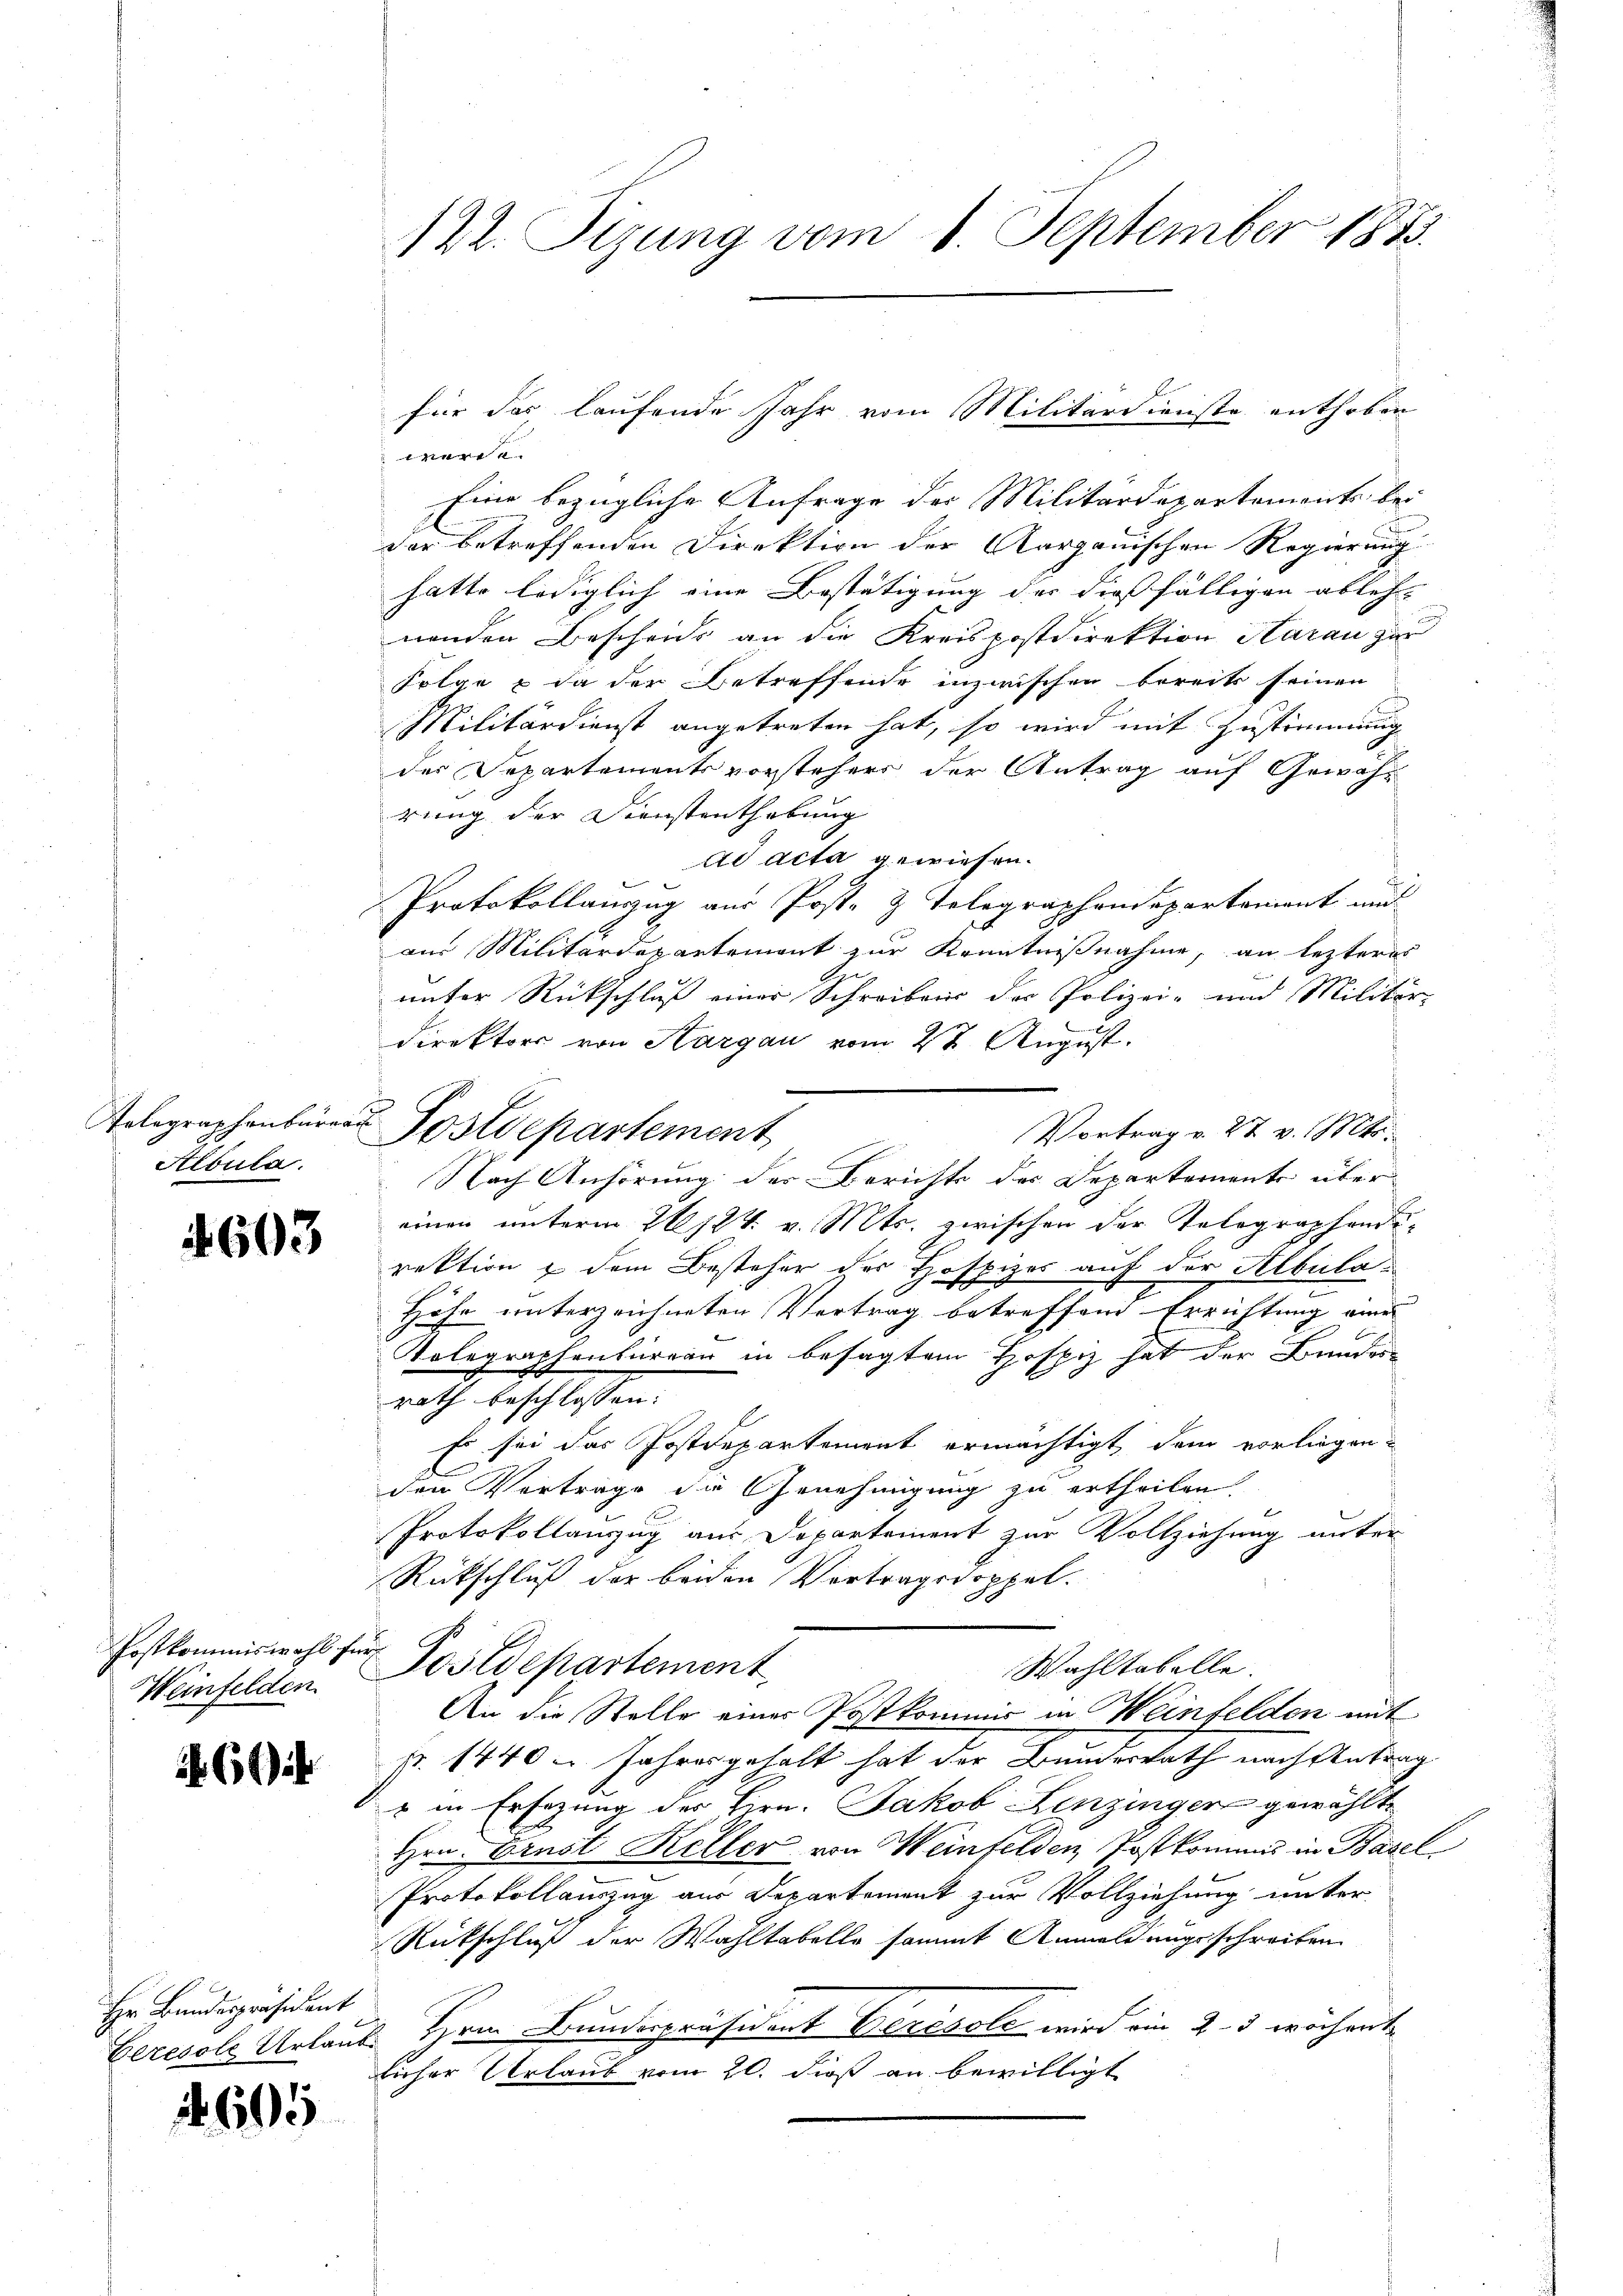
Aloula.

603

Postkommiswahl fü
Weinfelden.

6

Hr Bundespräsident

65

122. Tizung vom 1. September 1833.

nerde.
Eine bezügliche Anfrage der Militärdepartements bei
der betreffenden Direktion der Aargauischen Regierung
hatte lediglich eine Bestätigung der diesfälligen ableh- |
nenden Bescheide an die Kreispostdirektion Aarau zur
Folge & da der Betreffende inzwischen bereits seinen
Militärdienst angetreten hat, so wird mit Zustimmung
des Departementsvorstehers der Antrag auf Gewährung der Dienstenthebung
ad acta gewiesen.
Protokollanzug aus Post- & Telegraphendepartement mit
aus Militärdepartement zur Kenntnißnahme, an lezteres
h
unter Rückschluß einer Schreibens der Polizei- und Militär-
Direktors von Aargau vom 22. August.
Vortrag v. 27. v. Mts.
Nach Anhörung der Berichte des Departements über
einen unterm 26/27. v. Mts. zwischen der Telegraphenderektion & dem Besteher der Hospizes auf der Albula¬
Höhe unterzeichneten Vertrag betreffend Errichtung eines
Kolegraphenbureau in besagtem Hospiz hat der Bundes-
rath beschlossen:
Es sei das Postdepartement ermächtigt, dem vorliegen-
den Vertrage die Genehmigung zu ertheilen.
Protokollanzug aus Departement zur Vollziehung unter
Rückschluß der beiden Vortragsdoppel.
a
Postdepartement
Wahltabelle.
An die Stelle einer Postkommis in einfelden mit
Fr. 1440 u Jahresgehalt hat der Bundesrath nach Antrag
V in Ersezung der Hirn. Jakob Lenzinger gewählte
Hrn. Ernst Keller von Weinfelden Postkommes in Basel
Protokollauszug aus Departement zur Vollziehung unter
Rückschluß der Wahltabelle sammt Anmeldungsschreiben
Gercsole Urlaub. Herrn Bundespräsident Berezole wird von 2-3 wöchentlicher Urlaub vom 20. dieß an bewilligt

Tolographenbürger Postdepartement

für das laufende Jahr vom Militärdienste enthoben